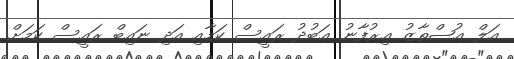
އަލް ޢުޞްތާޒު ޢިރުފާނު ޢަބުދު ރައީސް ކަމާއި އަދި ނައިބް ރައީސް ކަމަށް